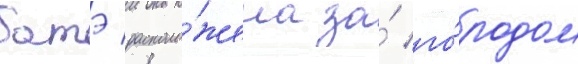
батэ располо́жена за́ го́родом